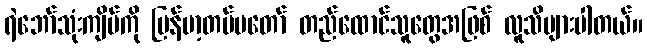
ရဲဘော်သုံးကျိပ်ကို မြန်မာ့တပ်မတော် တည်ထောင်သူတွေအဖြစ် လူသိများပါတယ်။